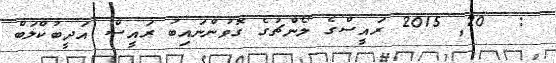
:  20